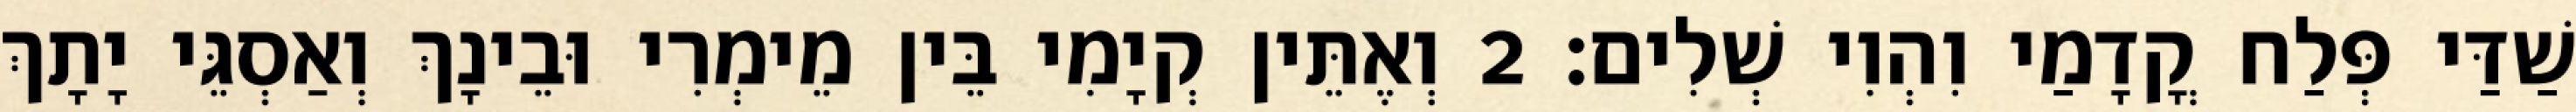
שַׁדַּי פְּלַח קֳדָמַי וִהְוִי שְׁלִים׃ 2 וְאֶתֵּין קְיָמִי בֵּין מֵימְרִי וּבֵינָךְ וְאַסְגֵּי יָתָךְ